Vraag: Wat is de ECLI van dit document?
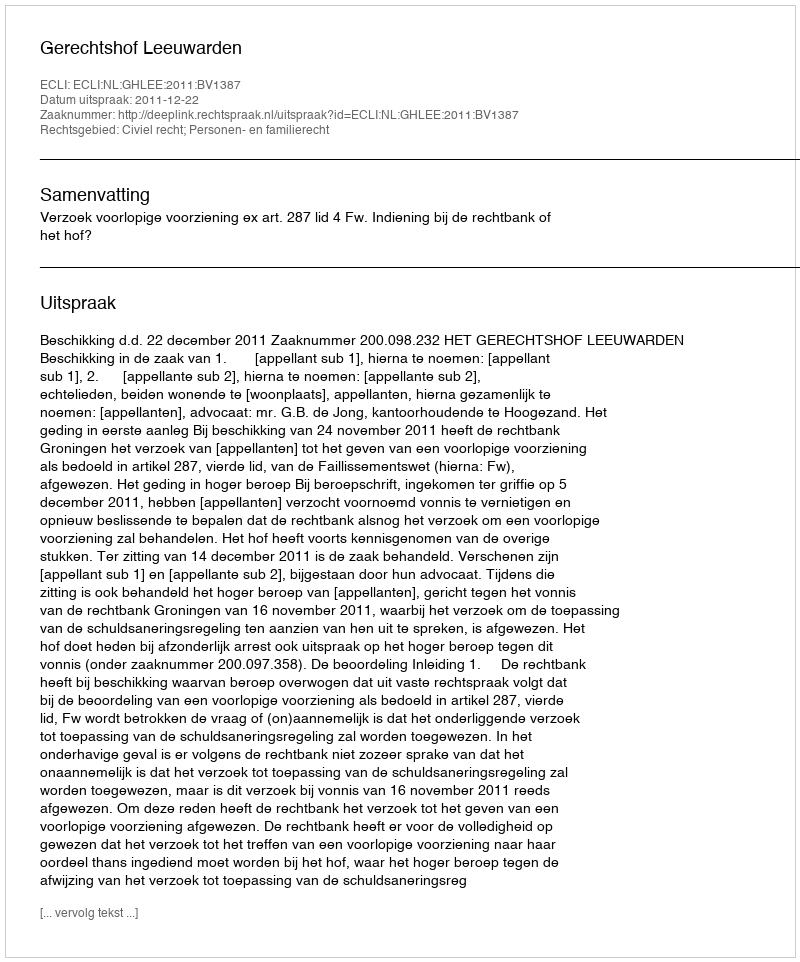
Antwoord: ECLI:NL:GHLEE:2011:BV1387